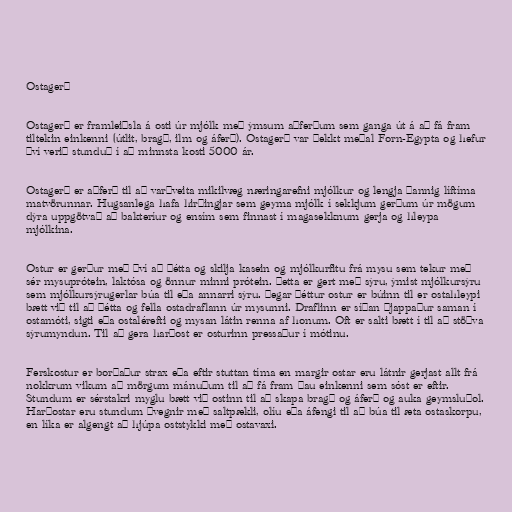
Ostagerð

Ostagerð er framleiðsla á osti úr mjólk með ýmsum aðferðum sem ganga út á að fá fram
tiltekin einkenni (útlit, bragð, ilm og áferð). Ostagerð var þekkt meðal Forn-Egypta og hefur
því verið stunduð í að minnsta kosti 5000 ár.

Ostagerð er aðferð til að varðveita mikilvæg næringarefni mjólkur og lengja þannig líftíma
matvörunnar. Hugsanlega hafa hirðingjar sem geyma mjólk í sekkjum gerðum úr mögum
dýra uppgötvað að bakteríur og ensím sem finnast í magasekknum gerja og hleypa
mjólkina.

Ostur er gerður með því að þétta og skilja kasein og mjólkurfitu frá mysu sem tekur með
sér mysuprótein, laktósa og önnur minni prótein. Þetta er gert með sýru, ýmist mjólkursýru
sem mjólkursýrugerlar búa til eða annarri sýru. Þegar þéttur ostur er búinn til er ostahleypi
bætt við til að þétta og fella ostadraflann úr mysunni. Draflinn er síðan þjappaður saman í
ostamóti, sigti eða ostalérefti og mysan látin renna af honum. Oft er salti bætt í til að stöðva
sýrumyndun. Til að gera harðost er osturinn pressaður í mótinu.

Ferskostur er borðaður strax eða eftir stuttan tíma en margir ostar eru látnir gerjast allt frá
nokkrum vikum að mörgum mánuðum til að fá fram þau einkenni sem sóst er eftir.
Stundum er sérstakri myglu bætt við ostinn til að skapa bragð og áferð og auka geymsluþol.
Harðostar eru stundum þvegnir með saltpækli, olíu eða áfengi til að búa til æta ostaskorpu,
en líka er algengt að hjúpa oststykki með ostavaxi.